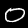
Digit: 0